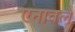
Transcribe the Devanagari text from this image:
एनावले